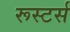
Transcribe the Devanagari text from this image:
रूस्टर्स